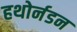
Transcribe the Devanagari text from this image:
हथोर्नडन